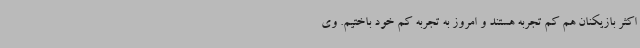
اکثر بازیکنان هم کم تجربه هستند و امروز به تجربه کم خود باختیم. وی